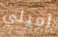
اميلي